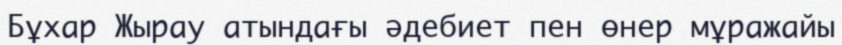
Бұхар Жырау атындағы әдебиет пен өнер мұражайы